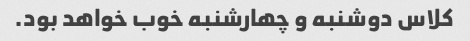
کلاس دوشنبه و چهارشنبه خوب خواهد بود.